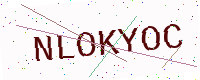
Text: NLOKYOC